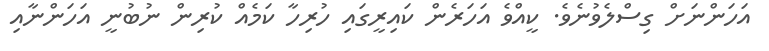
އަހަންނަށް ގިސްލެވުނެވެ. ކީއްވެ އަހަރެން ކައިރީގައި ހުރިހާ ކަމެއް ކުރިން ނުބުނީ އަހަންނާއި